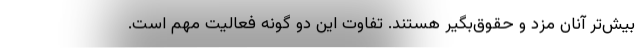
بیش‌تر آنان مزد و حقوق‌بگیر هستند. تفاوت این دو گونه فعالیت مهم است.